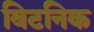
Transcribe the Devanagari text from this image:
बिटनिक